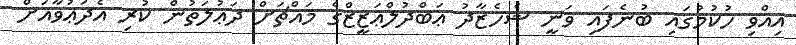
އިއްވި ހުކުމުގައި ބުނެފައި ވަނީ ޝެހެޒާދު ޢަބްދުލްޢަޒީޒްގެ މައްޗަށް ދަޢުލަތުން ކުރި އެދަޢުވާއަށް